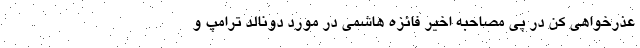
عذرخواهی کن در پی مصاحبه اخیر فائزه هاشمی در مورد دونالد ترامپ و